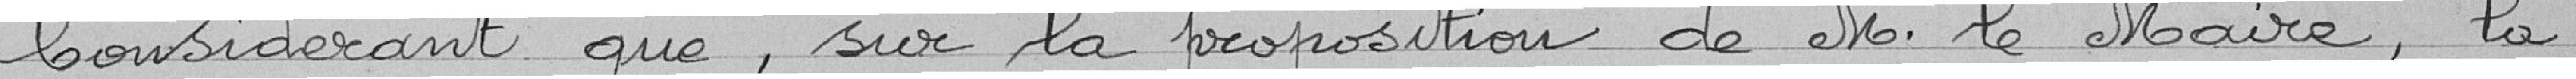
Considérant que, sur la proposition de M. le Maire, la